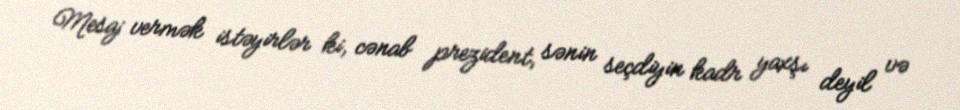
Mesaj vermək istəyirlər ki, cənab prezident, sənin seçdiyin kadr yaxşı deyil və